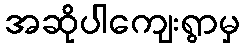
အဆိုပါကျေးရွာမှ